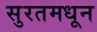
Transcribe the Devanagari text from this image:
सुरतमधून